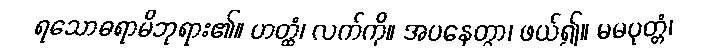
ရသောဓရာမိဘုရား၏။ ဟတ္ထံ၊ လက်ကို။ အပနေတွာ၊ ဖယ်၍။ မမပုတ္တံ၊